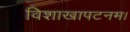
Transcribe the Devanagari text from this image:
विशाखापटनम।